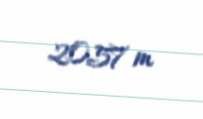
2057 m